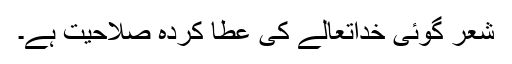
شعر گوئی خداتعالےٰ کی عطا کردہ صلاحیت ہے۔